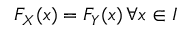
F _ { X } ( x ) = F _ { Y } ( x ) \, \forall x \in I